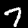
Digit: 7